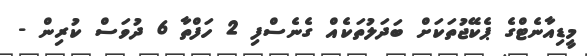
މީޑިއާނެޓްގެ ޕެކޭޖުތަކަށް ބަދަލުތަކެއް ގެނެސްފި 2 ހަފްތާ 6 ދުވަސް ކުރިން -